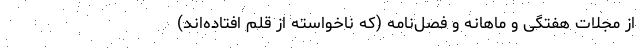
از مجلات هفتگی و ماهانه و فصل‌نامه (که ناخواسته از قلم افتاده‌اند)